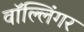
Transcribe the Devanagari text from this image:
वॉल्लिंगर